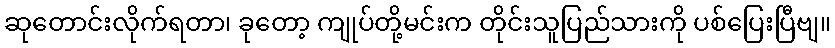
ဆုတောင်းလိုက်ရတာ၊ ခုတော့ ကျုပ်တို့မင်းက တိုင်းသူပြည်သားကို ပစ်ပြေးပြီဗျ။